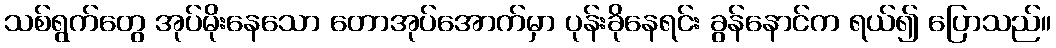
သစ်ရွက်တွေ အုပ်မိုးနေသော တောအုပ်အောက်မှာ ပုန်းခိုနေရင်း ခွန်နောင်က ရယ်၍ ပြောသည်။